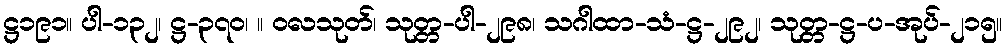
ဋ္ဌ၁၉၁။ ပါ-၁၃၂၊ ဋ္ဌ-၃၇၀၊ ။ ဝလသုတ်၊ သုတ္တ-ပါ-၂၉၈၊ သဂါထာ-သံ-ဋ္ဌ-၂၉၂၊ သုတ္တ-ဋ္ဌ-ပ-အုပ်-၂၁၅။